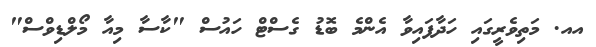
އއ. މަތިވެރީގައި ހަދާފައިވާ އެންމެ ބޮޑު ގެސްޓް ހައުސް "ކާސާ މިއާ މޯލްޑިވްސް"